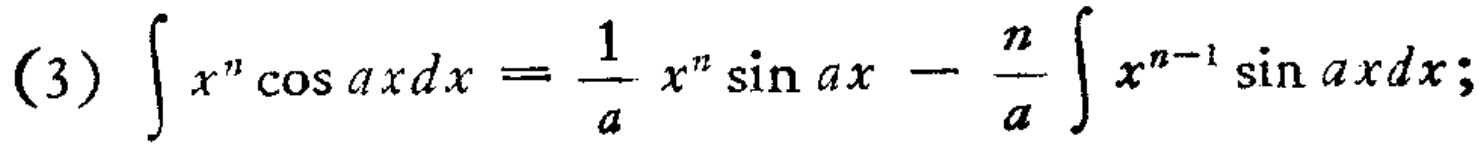
(3) \(\int x^{n}\cos axdx = \frac{1}{a}x^{n}\sin ax - \frac{n}{a}\int x^{n - 1}\sin axdx\);